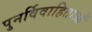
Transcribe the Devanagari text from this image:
पुनर्विवाहिताओं